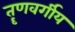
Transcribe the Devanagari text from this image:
तॄणवर्गीय